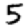
Digit: 5